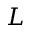
L